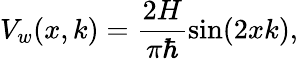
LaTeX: V_{w}(x,k)=\frac{2H}{\pi\hbar}\sin(2xk),